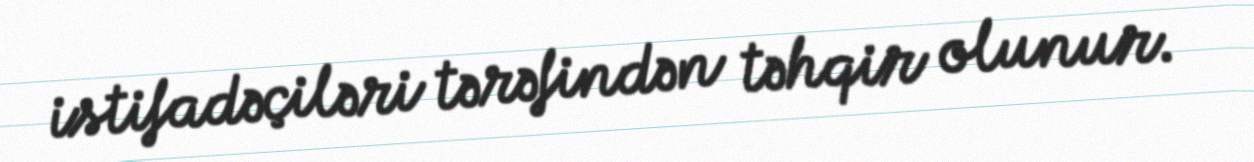
istifadəçiləri tərəfindən təhqir olunur.